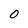
Character: 0